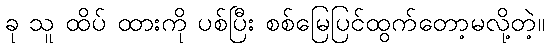
ခု သူ ထိပ် ထားကို ပစ်ပြီး စစ်မြေပြင်ထွက်တော့မလို့တဲ့။